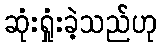
ဆုံးရှုံးခဲ့သည်ဟု